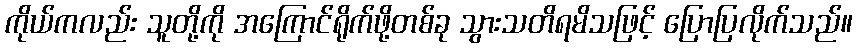
ကိုယ်ကလည်း သူတို့ကို အကြောင်ရိုက်ဖို့တစ်ခု သွားသတိရမိသဖြင့် ပြောပြလိုက်သည်။